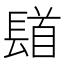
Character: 𨲛